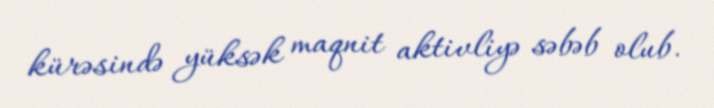
kürəsində yüksək maqnit aktivliyə səbəb olub.